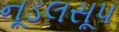
નૂડલસૂપ